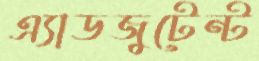
এ্যাডজুটেন্ট